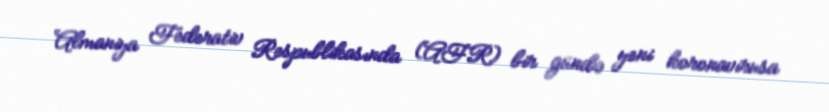
Almaniya Federativ Respublikasında (AFR) bir gündə yeni koronavirusa